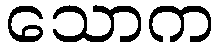
သောက